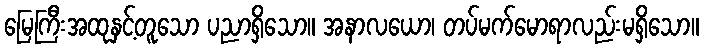
မြေကြီးအထုနှင့်တူသော ပညာရှိသော။ အနာလယော၊ တပ်မက်မောရာလည်းမရှိသော။